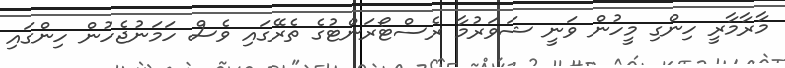
މާރާމާރީ ހިންގި މީހުން ވަނީ ޝަވަރުމާ ރެެސްޓޯރަންޓުގެ ތެރޭގައި ވެސް ހަމަނުޖެހުން ހިންގައި